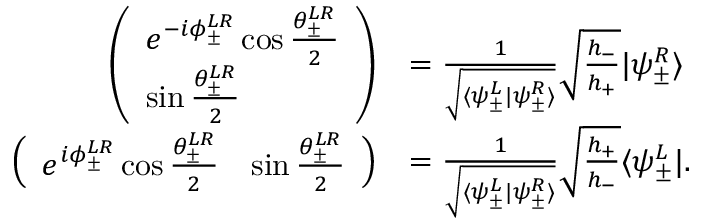
\begin{array} { r l } { \left( \begin{array} { l } { e ^ { - i \phi _ { \pm } ^ { L R } } \cos \frac { \theta _ { \pm } ^ { L R } } { 2 } } \\ { \sin \frac { \theta _ { \pm } ^ { L R } } { 2 } } \end{array} \right) } & { = \frac { 1 } { \sqrt { \langle \psi _ { \pm } ^ { L } | \psi _ { \pm } ^ { R } \rangle } } \sqrt { \frac { h _ { - } } { h _ { + } } } | \psi _ { \pm } ^ { R } \rangle } \\ { \left( \begin{array} { l l } { e ^ { i \phi _ { \pm } ^ { L R } } \cos \frac { \theta _ { \pm } ^ { L R } } { 2 } } & { \sin \frac { \theta _ { \pm } ^ { L R } } { 2 } } \end{array} \right) } & { = \frac { 1 } { \sqrt { \langle \psi _ { \pm } ^ { L } | \psi _ { \pm } ^ { R } \rangle } } \sqrt { \frac { h _ { + } } { h _ { - } } } \langle \psi _ { \pm } ^ { L } | . } \end{array}